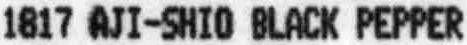
1817 AJI-SHIO BLACK PEPPER